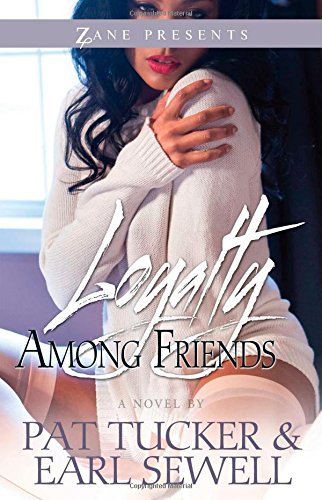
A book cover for Loyalty Among Friends: A Novel (Zane Presents); Pat Tucker; Romance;